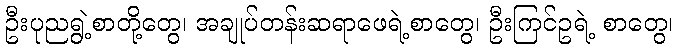
ဦးပုညရွဲ့စာတို့တွေ၊ အချုပ်တန်းဆရာဖေရဲ့စာတွေ၊ ဦးကြင်ဥရဲ့ စာတွေ၊